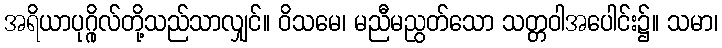
အရိယာပုဂ္ဂိုလ်တို့သည်သာလျှင်။ ဝိသမေ၊ မညီမညွတ်သော သတ္တဝါအပေါင်း၌။ သမာ၊